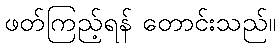
ဖတ်ကြည့်ရန် တောင်းသည်။